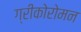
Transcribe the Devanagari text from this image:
ग्रीकोरोमन